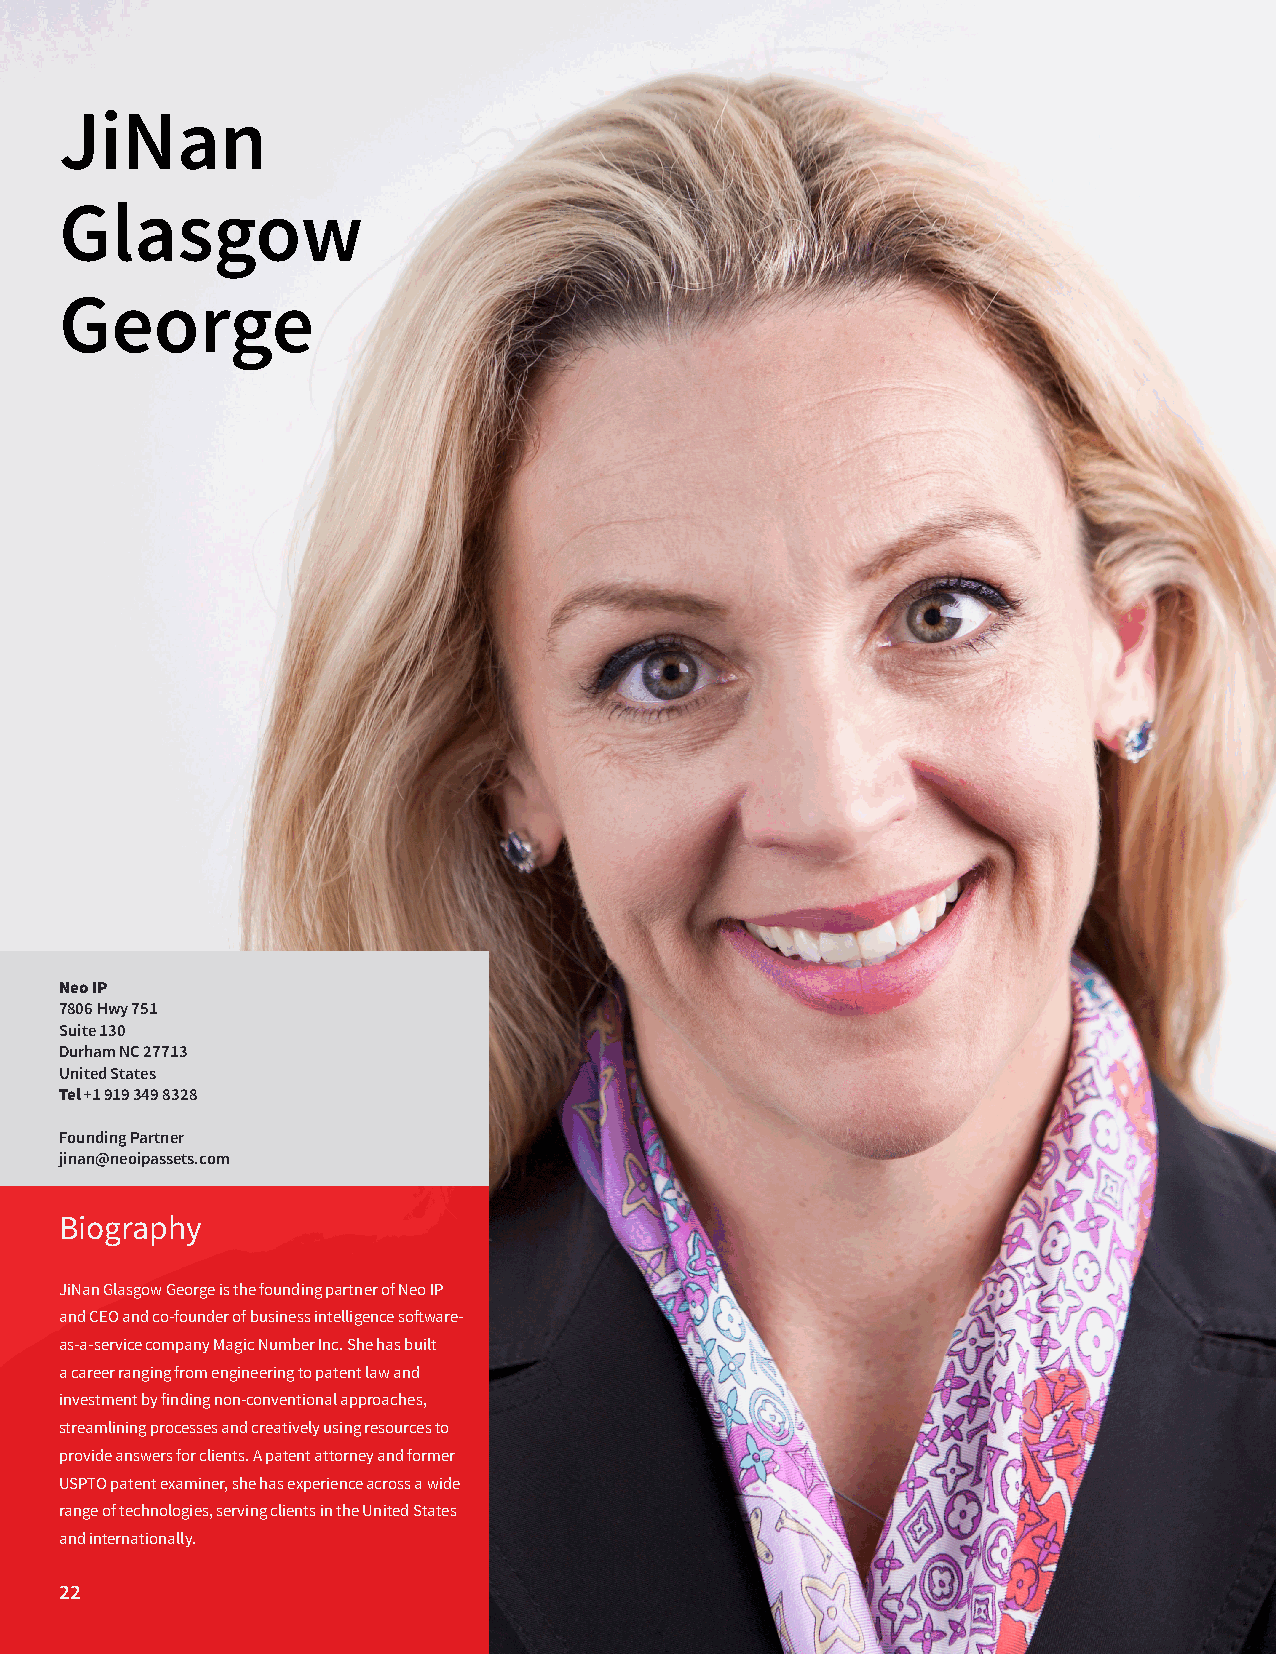
JiNan
 Glasgow
 George
 Neo IP
 7806 Hwy 751
 Suite 130
 Durham NC 27713
 United States
 Tel +1 919 349 8328
 Founding Partner
 jinan@neoipassets.com
 Biography
 JiNan Glasgow George is the founding partner of Neo IP
 and CEO and co-founder of business intelligence software-
 as-a-service company Magic Number Inc. She has built
 a career ranging from engineering to patent law and
 investment by finding non-conventional approaches,
 streamlining processes and creatively using resources to
 provide answers for clients. A patent attorney and former
 USPTO patent examiner, she has experience across a wide
 range of technologies, serving clients in the United States
 and internationally.
 22